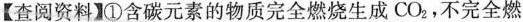
【查阅资料】①含碳元素的物质完全燃烧生成CO_{2}，不完全燃